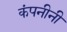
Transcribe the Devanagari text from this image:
कंपनीनी